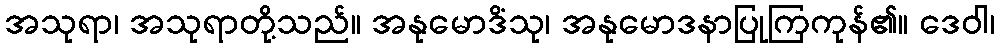
အသုရာ၊ အသုရာတို့သည်။ အနုမောဒိံသု၊ အနုမောဒနာပြုကြကုန်၏။ ဒေဝါ၊